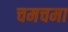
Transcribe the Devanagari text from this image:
चमचमा